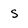
Character: s